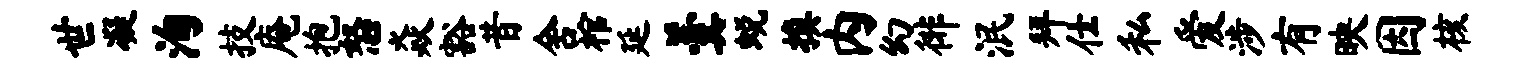
世凝洵技庵抱怒焱豁昔舍棺延羹蜕换内幻徘泯拜仕私爱涉有映因核